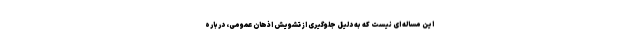
این مساله ای نیست که به دلیل جلوگیری از تشویش اذهان عمومی، درباره